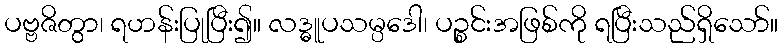
ပဗ္ဗဇိတွာ၊ ရဟန်းပြုပြီး၍။ လဒ္ဓူပသမ္ပဒေါ၊ ပဉ္စင်းအဖြစ်ကို ရပြီးသည်ရှိသော်။